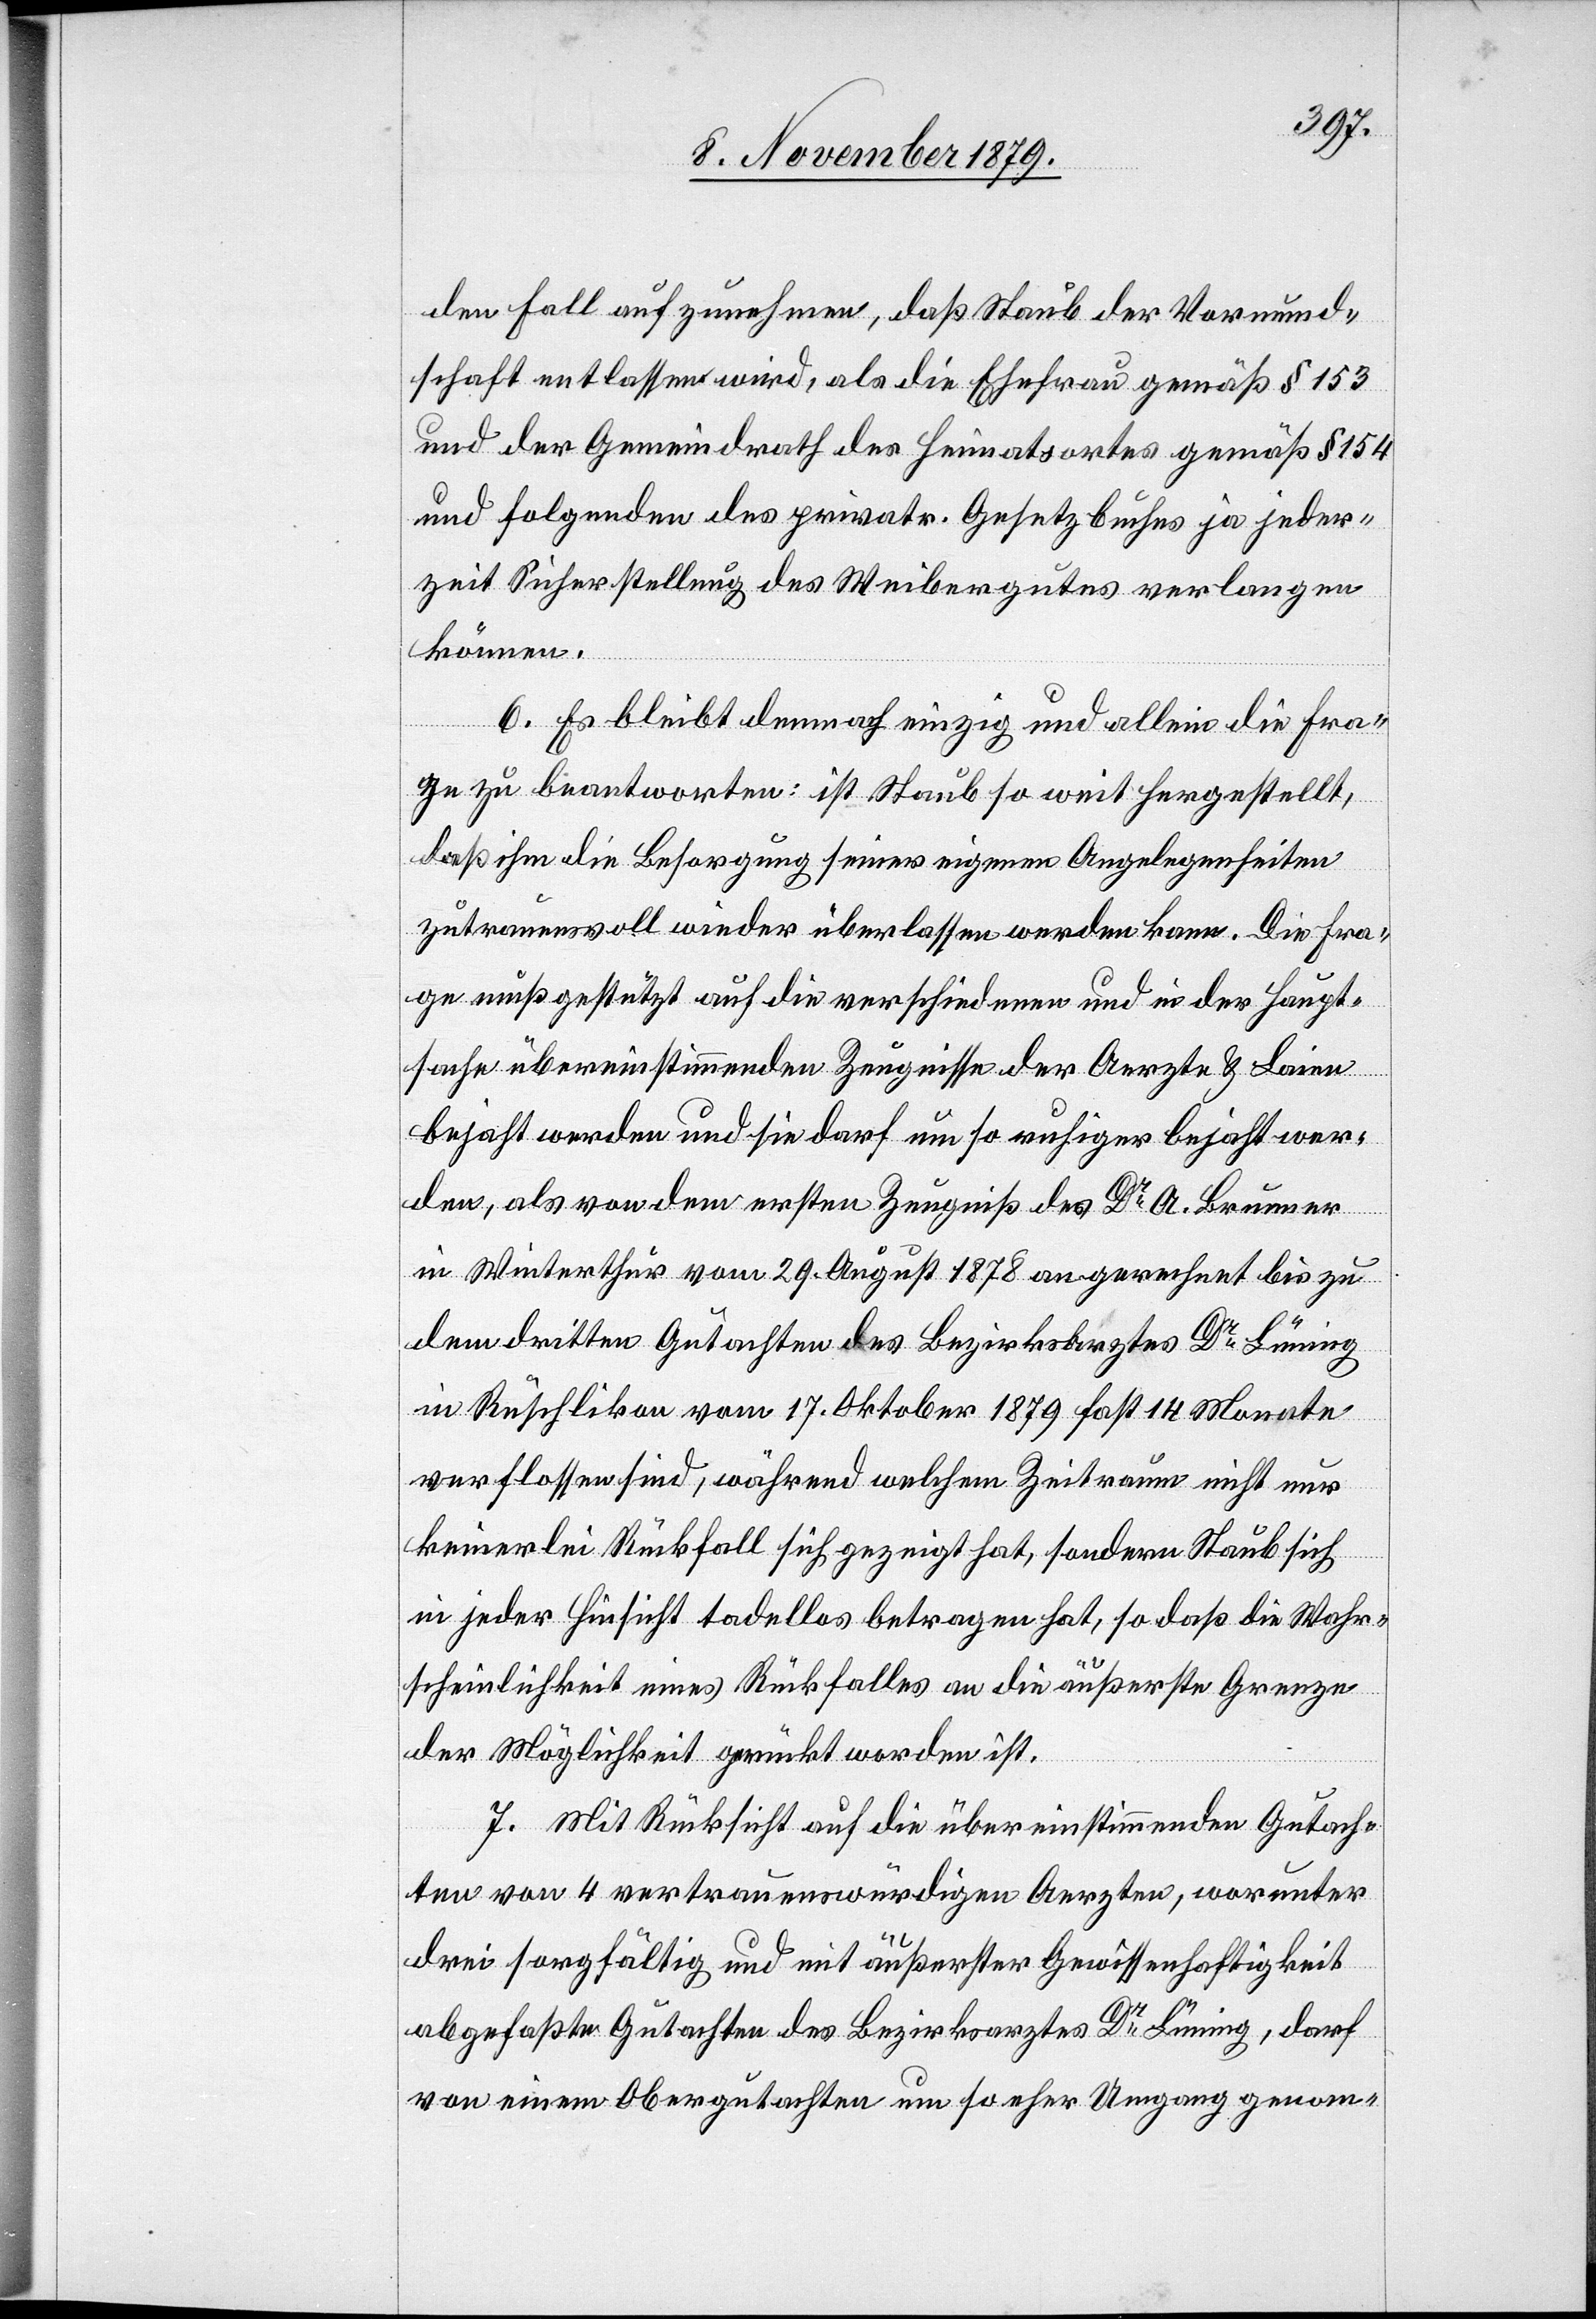
den Fall aufzunehmen, daß Staub der Vormund¬
schaft entlassen wird, als die Ehefrau gemäß § 153
und der Gemeindrath des Heimatortes gemäß § 154
und folgenden des privatr. Gesetzbuches ja jeder¬
zeit Sicherstellung des Weibergutes verlangen
können.
6. Es bleibt dennoch einzig und allein die Fra¬
ge zu beantworten: ist Staub so weit hergestellt,
daß ihm die Besorgung seiner eigenen Angelegenheiten
zutrauensvoll wieder überlassen werden kann. Die Fra¬
ge muß gestützt auf die verschiedenen und in der Haupt¬
sache übereinstimmenden Zeugnisse der Aerzte & Laien
bejaht werden und sie darf um so richtiger bejaht wer¬
den, als von dem ersten Zeugniß des Dr Brunner
in Winterthur vom 29. August 1878 angerechnet bis zu
dem dritten Gutachten des Bezirksarztes Dr Lüning
in Rüschlikon vom 17. Oktober 1879 fast 14 Monate
verflossen sind, während welchem Zeitraum nicht nur
keinerlei Rückfall sich gezeigt hat, sondern Staub sich
in jeder Hinsicht tadellos betragen hat, so daß die Wahr¬
scheinlichkeit eines Rückfalles an die äußerste Grenze
der Möglichkeit gerückt worden ist.
7. Mit Rücksicht auf die übereinstimmenden Gutach¬
ten von 4 vertrauenswürdigen Aerzten, worunter
drei sorgfältig und mit äußerster Gewissenhaftigkeit
abgefaßte Gutachten des Bezirksarztes Dr Lüning, darf
von einem Obergutachten um so eher Umgang genom-